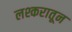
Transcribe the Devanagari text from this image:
लश्करातून